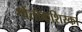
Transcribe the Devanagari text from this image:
श्वेंतोकशिस्का